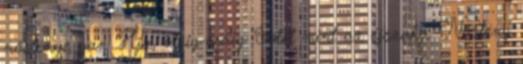
nősténye van. Hja, ideig-óráig. Sötét mint az éjszaka. Nőstény